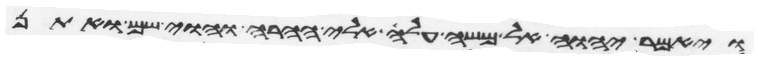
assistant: ויאמר יהוה אל משה עלה אלי ההרה והוי שם ואתן